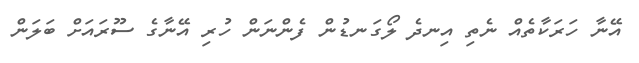
އޭނާ ހަރަކާތެއް ނެތި އިނދެ ލޯގަނޑުން ފެންނަން ހުރި އޭނާގެ ސޫރައަށް ބަލަން